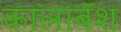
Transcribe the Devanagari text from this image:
कालाबॅश